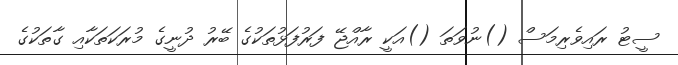
ސީޓު ރައިވެރިމަސް ()ނުވަތަ ()އަކީ ރާއްޖޭ ފަރުފަޅުތަކުގެ ބޭރު ދުނީގެ މުރަކަތަކާއި ގާތަކުގެ